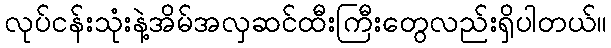
လုပ်ငန်းသုံးနဲ့အိမ်အလှဆင်ထီးကြီးတွေလည်းရှိပါတယ်။